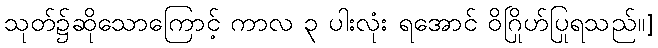
သုတ်၌ဆိုသောကြောင့် ကာလ ၃ ပါးလုံး ရအောင် ဝိဂြိုဟ်ပြုရသည်။]